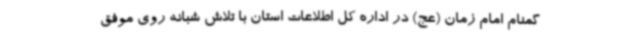
گمنام امام زمان (عج) در اداره کل اطلاعات استان با تلاش شبانه روی موفق